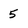
Character: 5